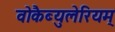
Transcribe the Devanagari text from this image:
वोकैब्युलेरियम्